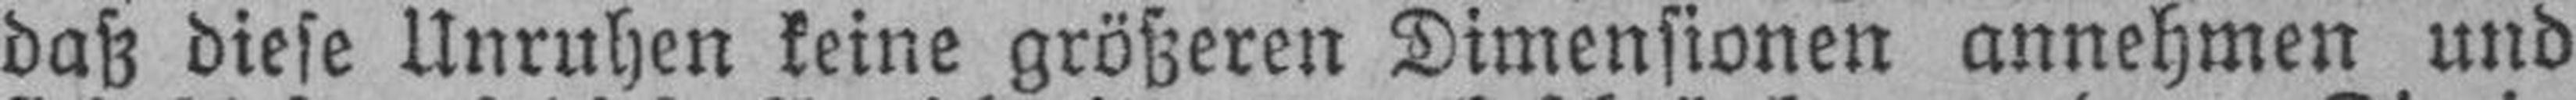
daß diese Unruhen keine größeren Dimensionen annehmen und